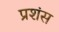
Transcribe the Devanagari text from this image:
प्रशंस